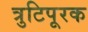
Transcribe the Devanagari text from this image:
त्रुटिपूरक